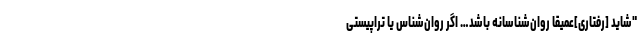
"شاید [رفتاری]عمیقاً روان‌شناسانه باشد… اگر روان‌شناس یا تراپیستی